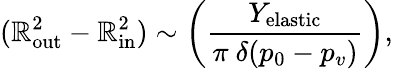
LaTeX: (\mathbb{R}_{\mathrm{{out}}}^{2}-\mathbb{R}_{\mathrm{{in}}}^{2})\sim\bigg(\frac{{Y_{\mathrm{{elastic}}}}}{{\pi~\delta(p_{0}-p_{v})}}\bigg),